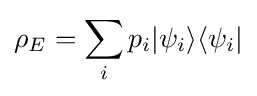
\rho _{E}=\sum _{i}p_{i}|\psi _{i}\rangle \langle \psi _{i}|